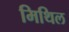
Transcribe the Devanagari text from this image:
मिथिल